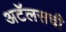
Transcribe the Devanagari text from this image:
अटॅलसची